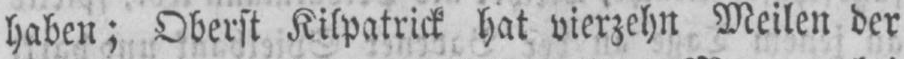
haben; Oberst Kilpatrick hat vierzehn Meilen der